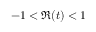
- 1 < \Re ( t ) < 1